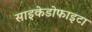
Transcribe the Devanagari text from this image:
साइकेडोफाइटा